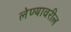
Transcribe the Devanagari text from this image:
लेण्यावरील